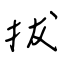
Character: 拔